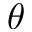
\theta